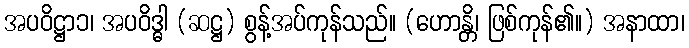
အပဝိဋ္ဌာ၁၊ အပဝိဒ္ဓါ (ဆဋ္ဌ) စွန့်အပ်ကုန်သည်။ (ဟောန္တိ၊ ဖြစ်ကုန်၏။) အနာထာ၊